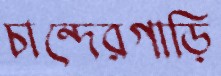
চান্দেরগাড়ি